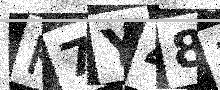
Text: K7Y48M